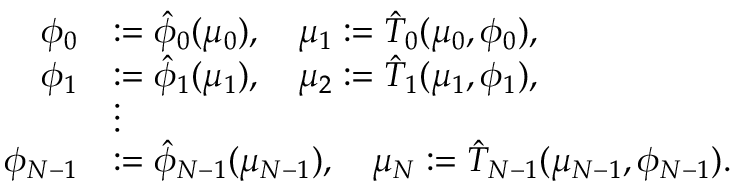
\begin{array} { r l } { \phi _ { 0 } } & { : = \hat { \phi } _ { 0 } ( \mu _ { 0 } ) , \quad \mu _ { 1 } : = \hat { T } _ { 0 } ( \mu _ { 0 } , \phi _ { 0 } ) , } \\ { \phi _ { 1 } } & { : = \hat { \phi } _ { 1 } ( \mu _ { 1 } ) , \quad \mu _ { 2 } : = \hat { T } _ { 1 } ( \mu _ { 1 } , \phi _ { 1 } ) , } \\ & { \vdots } \\ { \phi _ { N - 1 } } & { : = \hat { \phi } _ { N - 1 } ( \mu _ { N - 1 } ) , \quad \mu _ { N } : = \hat { T } _ { N - 1 } ( \mu _ { N - 1 } , \phi _ { N - 1 } ) . } \end{array}